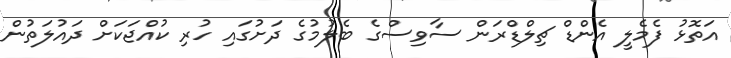
އަތޮޅު ފެމެލީ އެންޑް ޗިލްޑްރަން ސާވިސްގެ ބެލުމުގެ ދަށުގައި ހުރި ކުއްޖަކަށް ދައުލަތުން